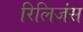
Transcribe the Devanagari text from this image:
रिलिजंस